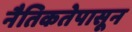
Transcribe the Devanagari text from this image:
नैतिकतेपासून